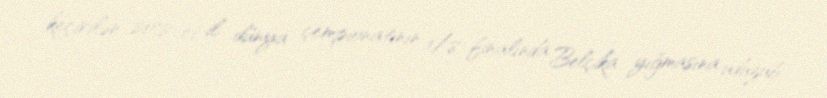
keçirilən 2018-ci il dünya çempionatının 1/8 finalında Belçika yığmasına uduzub